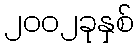
၂၀၀၂ခုနှစ်